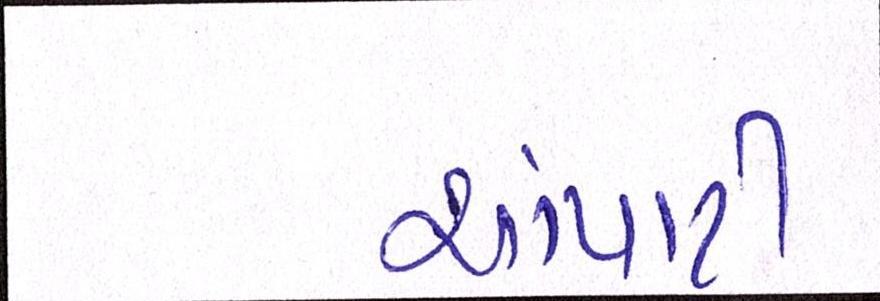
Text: ચોપાટી